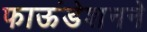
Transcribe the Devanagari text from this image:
फाऊंडेशनने